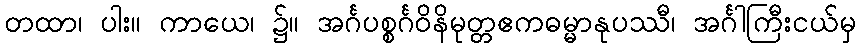
တထာ၊ ပါး။ ကာယေ၊ ၌။ အင်္ဂပစ္စင်္ဂဝိနိမုတ္တဧကဓမ္မာနုပဿီ၊ အင်္ဂါကြီးငယ်မှ